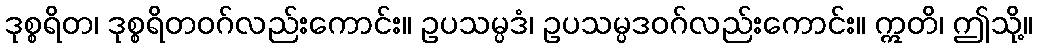
ဒုစ္စရိတ၊ ဒုစ္စရိတဝဂ်လည်းကောင်း။ ဥပသမ္ပဒံ၊ ဥပသမ္ပဒဝဂ်လည်းကောင်း။ ဣတိ၊ ဤသို့။